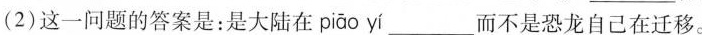
(2)这一问题的答案是：是大陆在 piāo yí ___而不是恐龙自己在迁移。